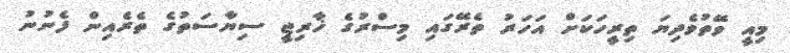
މިއީ ވޭތުވެދިޔަ ތިރީހަކަށް އަހަރު ތެރޭގައި މިސްރުގެ ޚާރިޖީ ސިޔާސަތުގެ ތެރެއިން ފެނުނު